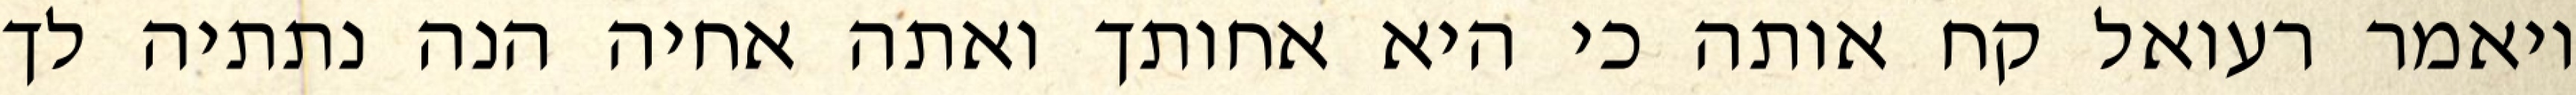
ויאמר רעואל קח אותה כי היא אחותך ואתה אחיה הנה נתתיה לך